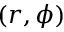
( r , \phi )